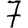
Digit: 7